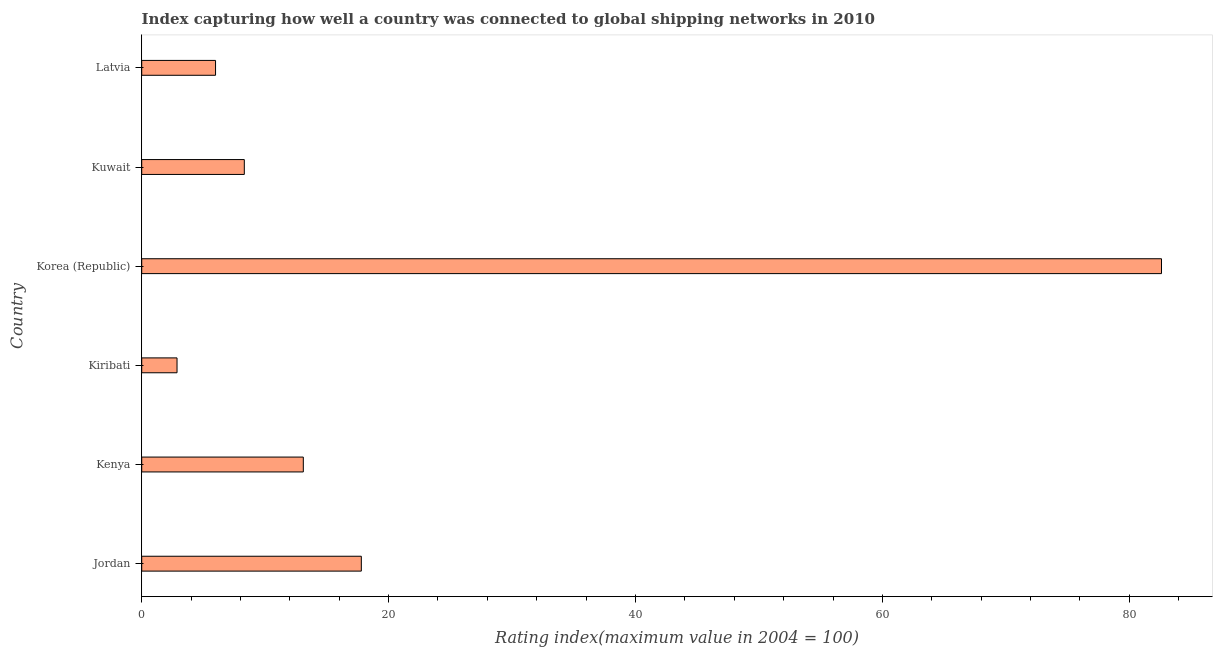
| Country | Liner shipping connectivity index  |
 | --- | --- |
 | Jordan | 17.8 |
 | Kenya | 13.1 |
 | Kiribati | 2.86 |
 | Korea (Republic) | 82.6 |
 | Kuwait | 8.31 |
 | Latvia | 5.98 |